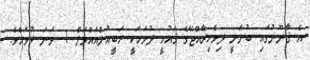
އެ ޤާނޫނުގައި ބުނަނީ ދިވެހިރާއްޖޭގެ ޤައުމީ ދުވަހަކީ ރަބީޢުލްއައްވަލް 1 ވަނަ ދުވަހެވެ.